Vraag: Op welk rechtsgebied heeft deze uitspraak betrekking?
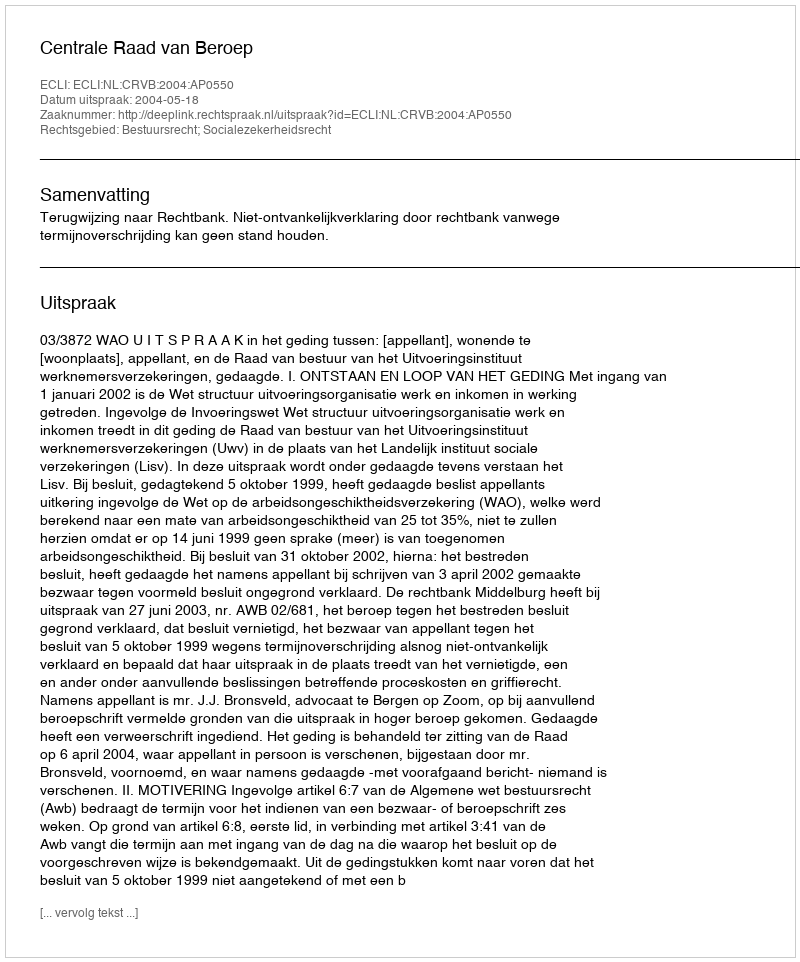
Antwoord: Bestuursrecht; Socialezekerheidsrecht